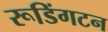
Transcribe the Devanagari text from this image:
रूडिंगटन